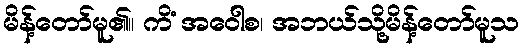
မိန့်တော်မူ၏။ ကိံ အဝေါစ၊ အဘယ်သို့မိန့်တော်မူသ